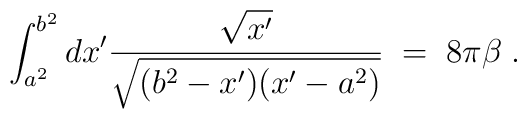
\int_{a^2}^{b^2} dx^\prime {\sqrt{x^\prime}\over \sqrt{(b^2-x^\prime)(x^\prime-a^2)}}\;=\; 8\pi\beta\;.